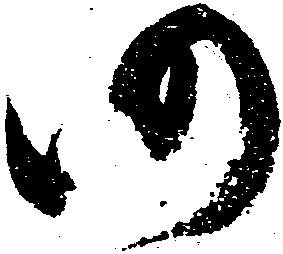
仍